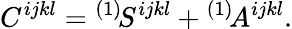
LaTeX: C^{ijkl}={}^{(1)}\! S^{ijkl}+{}^{(1)}\! A^{ijkl}.